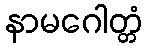
နာမဂေါတ္တံ